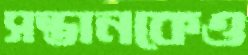
সন্তানকেও